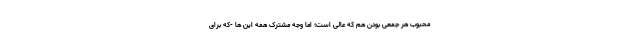
محبوب هر جمعی بودن هم که عالی است؛ اما وجه مشترک همه این ها -که برای